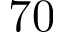
7 0